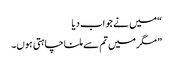
“میں نے جواب دیا
” مگر میں تم سے ملنا چاہتی ہوں۔